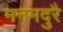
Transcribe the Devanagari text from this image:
मनमदुरै